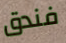
فندق